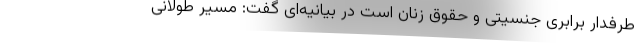
طرفدار برابری جنسیتی و حقوق زنان است در بیانیه‌ای گفت: مسیر طولانی